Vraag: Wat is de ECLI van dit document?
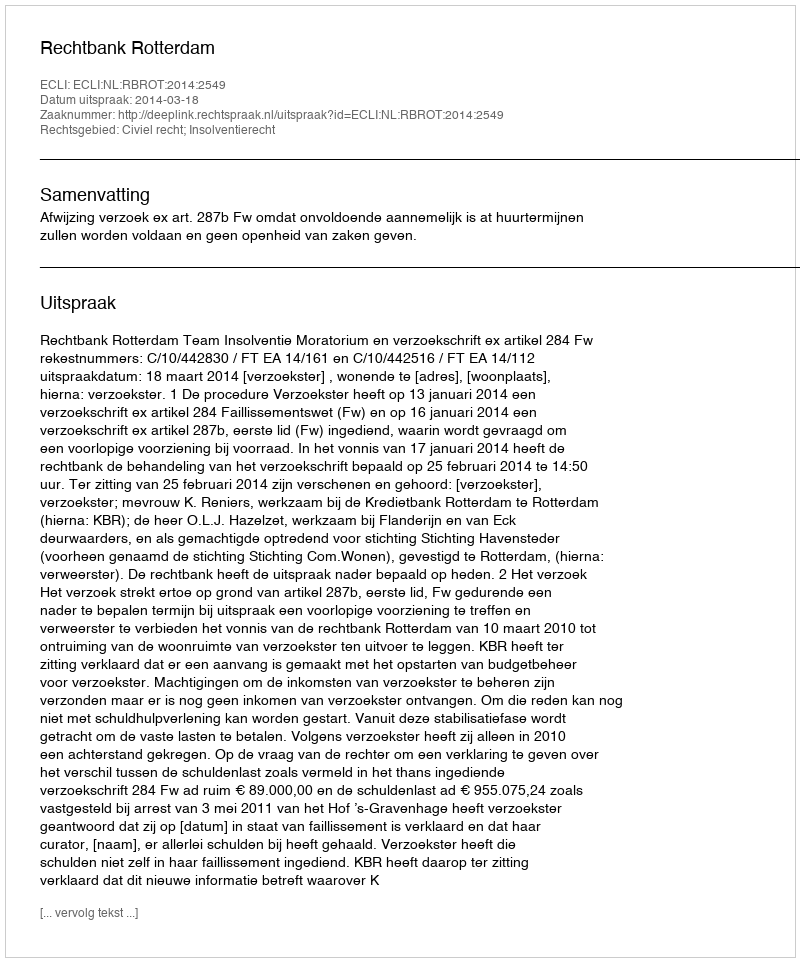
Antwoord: ECLI:NL:RBROT:2014:2549